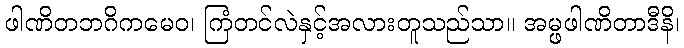
ဖါဏိတဘဂိကမေဝ၊ ကြံတင်လဲနှင့်အလားတူသည်သာ။ အမ္ဖဖါဏိတာဒီနိ၊